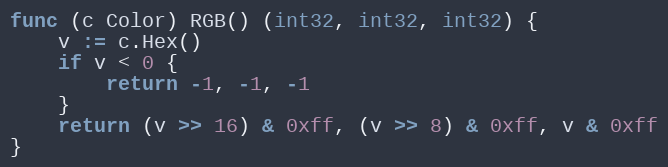
Language: Go
func (c Color) RGB() (int32, int32, int32) {
	v := c.Hex()
	if v < 0 {
		return -1, -1, -1
	}
	return (v >> 16) & 0xff, (v >> 8) & 0xff, v & 0xff
}